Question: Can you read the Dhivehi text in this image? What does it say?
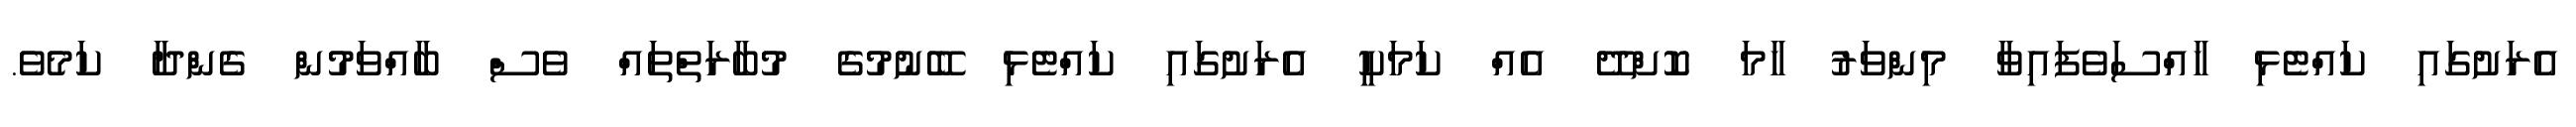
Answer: އެރަށުގައި ކައްޓެޅި ހާއްސަވެފައިވާ މިންވަރު ހާމަ ކޮށްދޭ އެއް ކަމަކީ އެރަށުގައި ކައްޓެޅި ބޭނުމުގެ މުބާރަތްތައް ވެސް ބާއްވަމުން ގެންދާ ކަމެވެ.